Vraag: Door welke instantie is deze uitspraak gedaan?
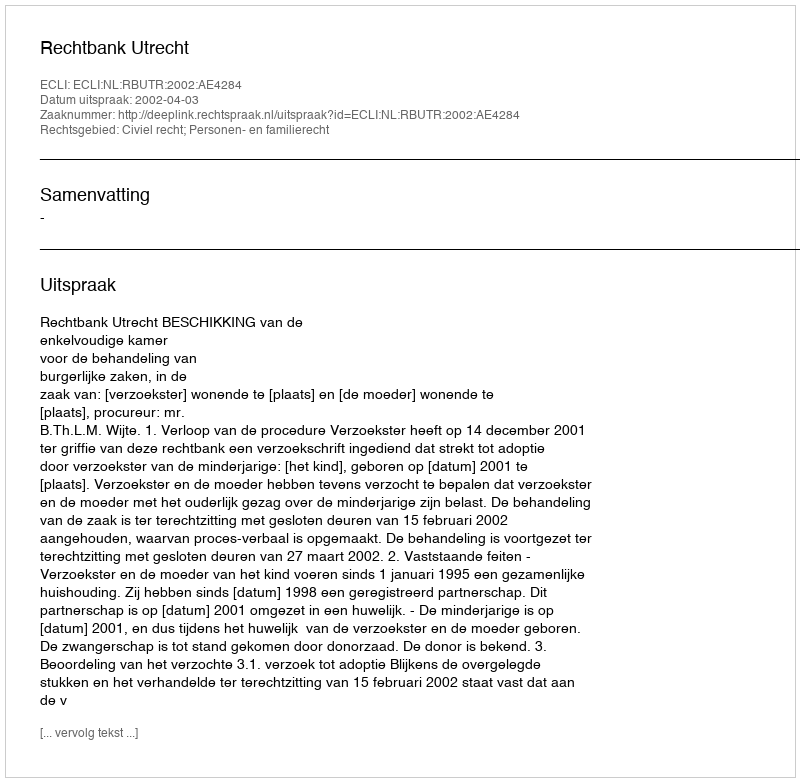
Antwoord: Rechtbank Utrecht